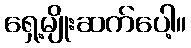
ရှေ့မျိုးဆက်ပေါ့။